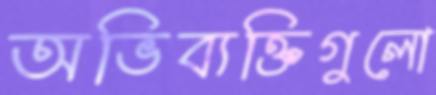
অভিব্যক্তিগুলো